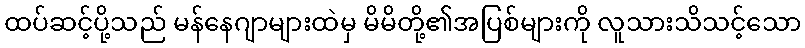
ထပ်ဆင့်ပို့သည် မန်နေဂျာများထဲမှ မိမိတို့၏အပြစ်များကို လူသားသိသင့်သော